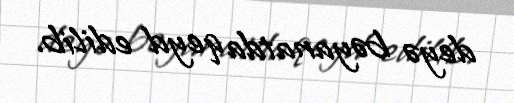
deyə bəyanatda qeyd edilib.